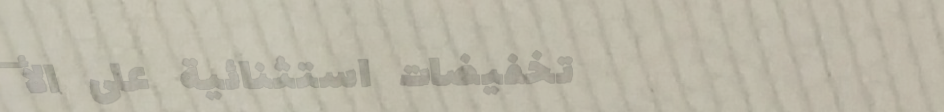
تخفيضات استثنائية على الأ